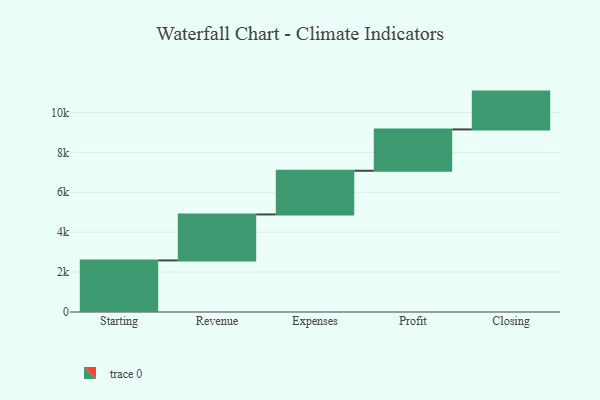
{"axis": {"x": "Step", "y": "Value"}, "legend": [""], "data": [{"x": "Starting", "y": 2585.0, "type": ""}, {"x": "Revenue", "y": 2304.0, "type": ""}, {"x": "Expenses", "y": 2189.0, "type": ""}, {"x": "Profit", "y": 2071.0, "type": ""}, {"x": "Closing", "y": 1896.0, "type": ""}]}